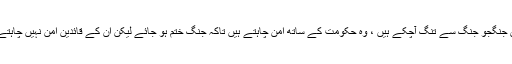
طالبان جنگجو جنگ سے تنگ آچکے ہیں ، وہ حکومت کے ساتھ امن چاہتے ہیں تاکہ جنگ ختم ہو جائے لیکن ان کے قائدین امن نہیں چاہتے ہیں ۔